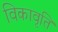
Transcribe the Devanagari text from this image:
विकावृति